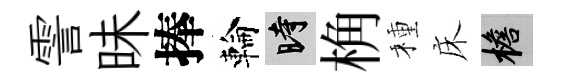
霅昧捧輪时桷種床檐